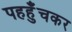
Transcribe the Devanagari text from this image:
पहहुँचकर